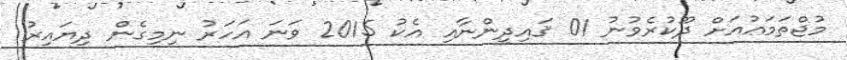
މުޖްތަމަޢުއަށް ދޫކުރެވުނު 01 ޤައިދީންނާއި އެކު 2015 ވަނަ އަހަރު ނިމިގެން ދިޔައިރު